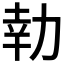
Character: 𭄬